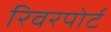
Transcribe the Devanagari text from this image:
रिवरपोर्ट